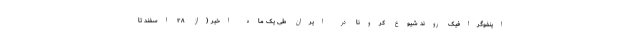
اینفوگرافیک روند شیوع کرونا در ایران طی یک ماه اخیر (از ۲۸ اسفند تا